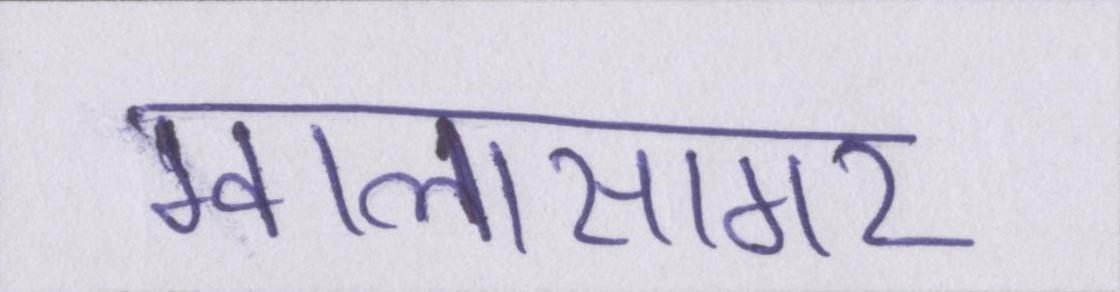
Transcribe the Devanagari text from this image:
ग्वालासागर